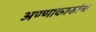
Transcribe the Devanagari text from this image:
अण्णाकाकांना